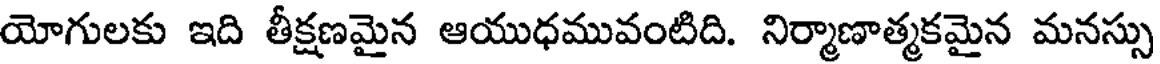
యోగులకు ఇది తీక్షణమైన ఆయుధమువంటిది. నిర్మాణాత్మకమైన మనస్సు